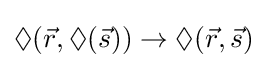
\Diamond ({\vec {r}},\Diamond ({\vec {s}}))\rightarrow \Diamond ({\vec {r}},{\vec {s}})